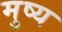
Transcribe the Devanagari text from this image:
मुष्य